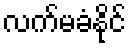
လက်မခံနိုင်